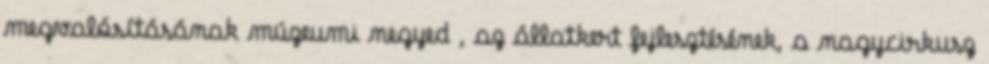
megvalósításának múzeumi negyed , az állatkert fejlesztésének, a nagycirkusz